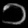
Digit: ၁